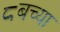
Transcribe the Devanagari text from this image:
८बच्या